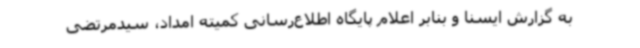
به گزارش ایسنا و بنابر اعلام پایگاه اطلاع‌رسانی کمیته امداد، سیدمرتضی